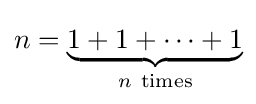
n=\underbrace {1+1+\cdots +1} _{n\ {\rm {times}}}